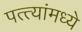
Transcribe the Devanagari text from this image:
पत्त्यांमध्ये